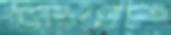
ব্যাংগোত